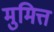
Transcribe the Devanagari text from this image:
मुमित्त